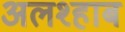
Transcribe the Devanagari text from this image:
अलश्हाब